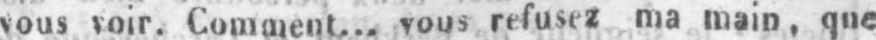
vous voir. Comment... vous refusez ma main, que